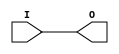
`timescale 1ns/1ps
`celldefine
//
// CLK_BUF simulation model
// Global clock buffer
//
// Copyright (c) 2023 Rapid Silicon, Inc.  All rights reserved.
//

module CLK_BUF (
  input I, // Clock input
  output O // Clock output
);

   assign O = I ;

endmodule
`endcelldefine